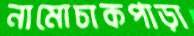
নামোচাকপাড়া